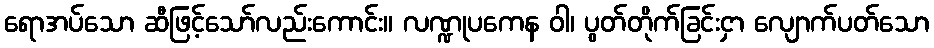
ရောအပ်သော ဆီဖြင့်သော်လည်းကောင်း။ လဏ္ဍုပကေန ဝါ၊ ပွတ်တိုက်ခြင်းငှာ လျောက်ပတ်သော